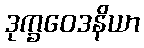
ဒုက္ခဝေဒနိယာ